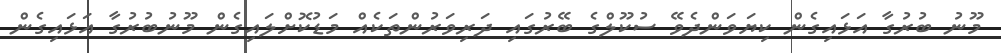
މޫނު ބުރުގާ އަޅައިގެން ކިޔަވަންދެވޭ ސުކޫލްގެ ބޭރުގައި ދަރިވަރުންތަކެއް މަޑުކޮށްލައިގެން މޫނުބުރުގާ އަޅައިގެން